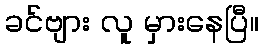
ခင်ဗျား လူ မှားနေပြီ။